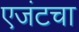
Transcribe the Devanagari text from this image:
एजंटचा